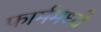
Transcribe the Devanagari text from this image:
फार्ममध्ये